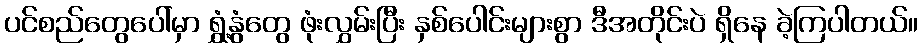
ပင်စည်တွေပေါ်မှာ ရွှံ့နွံတွေ ဖုံးလွှမ်းပြီး နှစ်ပေါင်းများစွာ ဒီအတိုင်းပဲ ရှိနေ ခဲ့ကြပါတယ်။